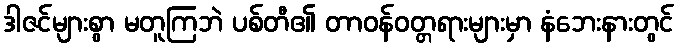
ဒါဇင်များစွာ မတူကြဘဲ ပစ်တီ၏ တာဝန်ဝတ္တရားများမှာ နံဘေးနားတွင်